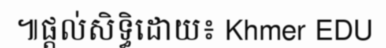
៕ផ្តល់សិទ្ធិដោយ៖ Khmer EDU